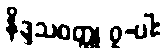
နိဒ္ဒသဝတ္ထု ၇-ပါး